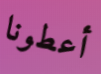
أعطونا